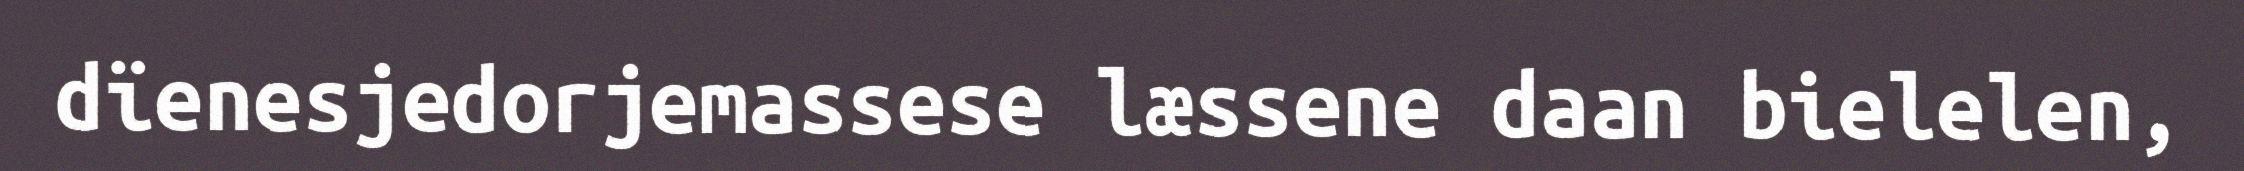
dïenesjedorjemassese læssene daan bielelen,